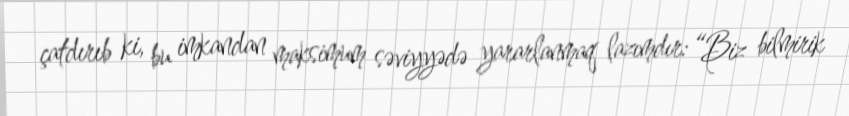
çatdırıb ki, bu imkandan maksimum səviyyədə yararlanmaq lazımdır: “Biz bilmirik